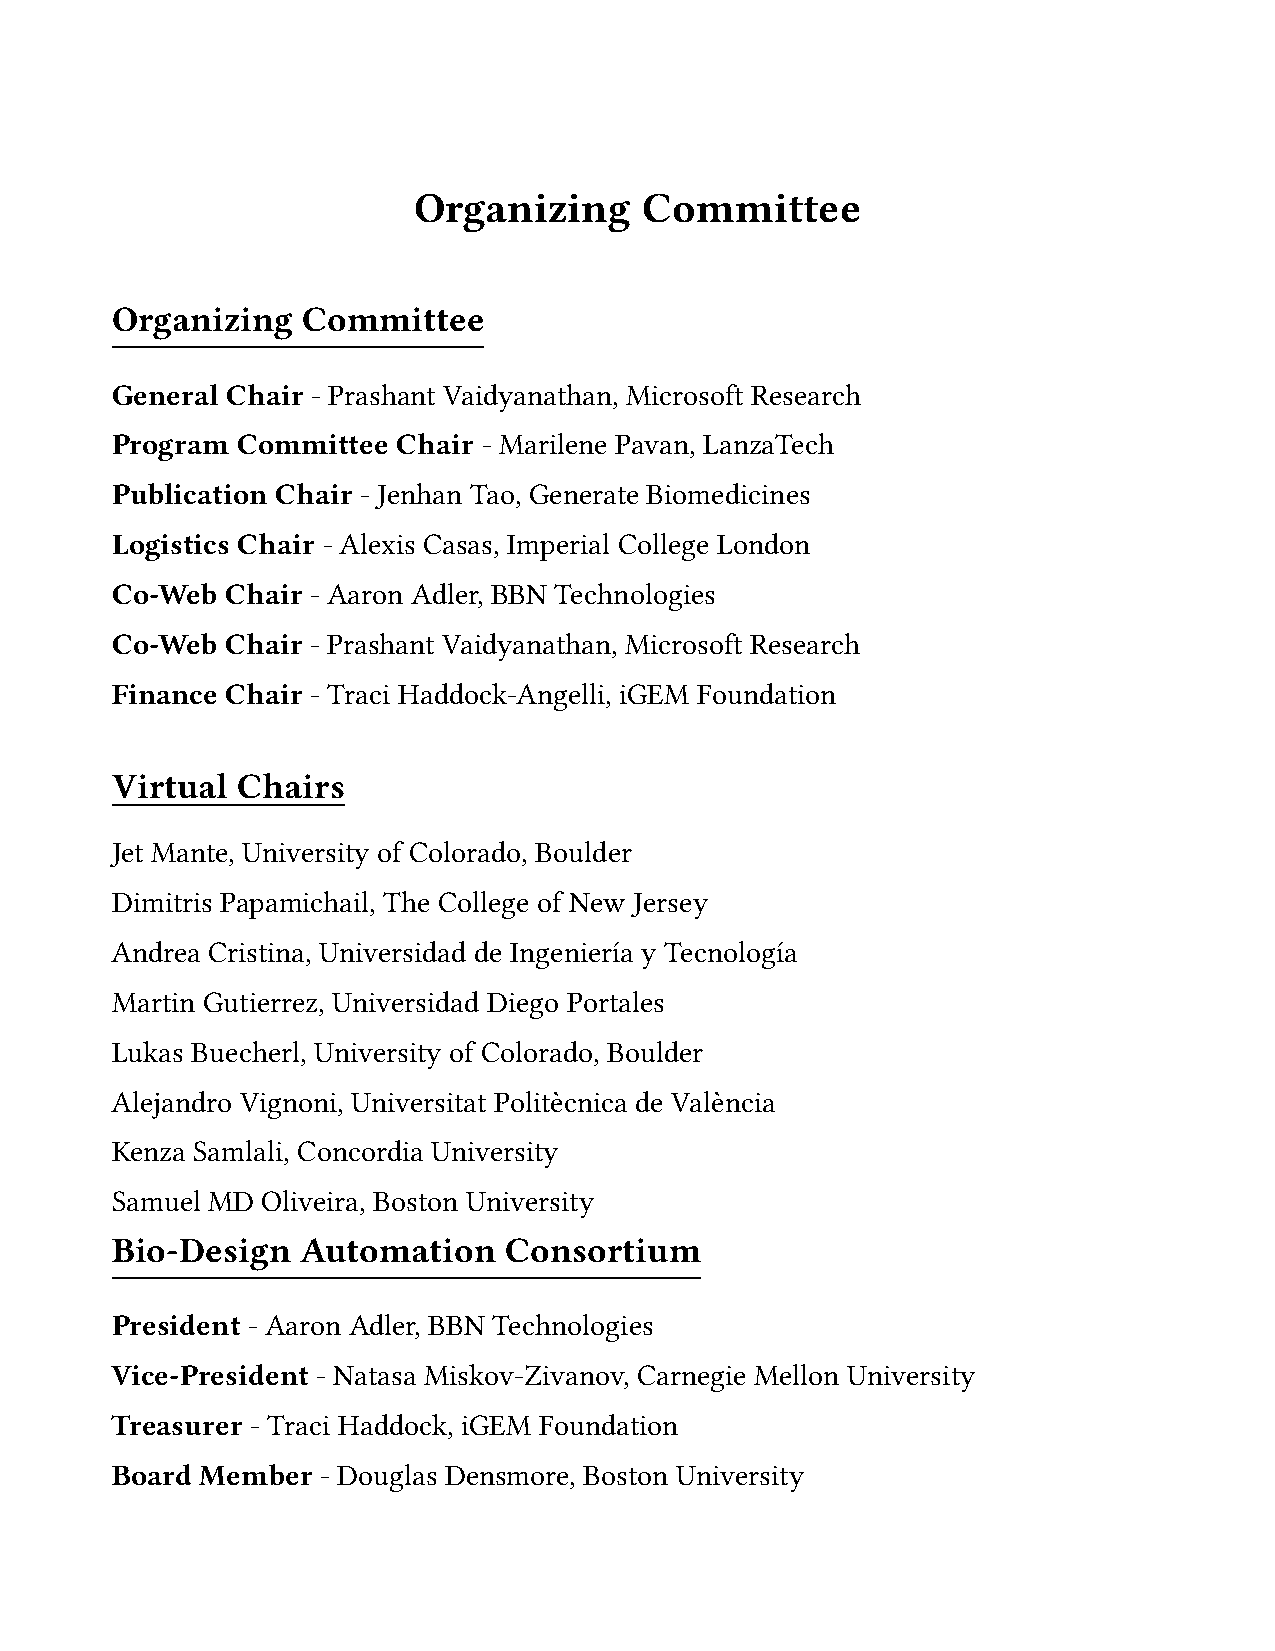
Organizing     Committee
 Organizing   Committee
 General Chair - Prashant Vaidyanathan, Microsoft Research
 Program  Committee Chair - Marilene Pavan, LanzaTech
 Publication Chair - Jenhan Tao, Generate Biomedicines
 Logistics Chair - Alexis Casas, Imperial College London
 Co-Web  Chair - Aaron Adler, BBN Technologies
 Co-Web  Chair - Prashant Vaidyanathan, Microsoft Research
 Finance Chair - Traci Haddock-Angelli, iGEM Foundation
 Virtual  Chairs
 Jet Mante, University of Colorado, Boulder
 Dimitris Papamichail, The College of New Jersey
 Andrea Cristina, Universidad de Ingeniería y Tecnología
 Martin Gutierrez, Universidad Diego Portales
 Lukas Buecherl, University of Colorado, Boulder
 Alejandro Vignoni, Universitat Politècnica de València
 Kenza Samlali, Concordia University
 Samuel MD Oliveira, Boston University
 Bio-Design   Automation   Consortium
 President - Aaron Adler, BBN Technologies
 Vice-President - Natasa Miskov-Zivanov, Carnegie Mellon University
 Treasurer - Traci Haddock, iGEM Foundation
 Board Member  - Douglas Densmore, Boston University